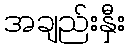
အချည်းနှီး